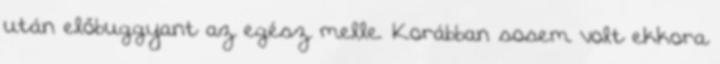
után előbuggyant az egész melle. Korábban sosem volt ekkora